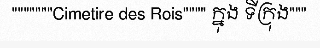
"""""""Cimetire des Rois"""" ក្នុង ទីក្រុង"""